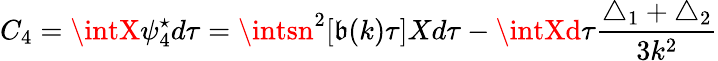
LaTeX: C_{4}=\intX\psi_{4}^{\star}d\tau=\intsn^{2}[\mathfrak{b}(k)\tau]Xd\tau-\intXd\tau\frac{{\triangle_{1}+\triangle_{2}}}{{3k^{2}}}